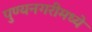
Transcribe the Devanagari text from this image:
पुण्यनगरीमध्ये